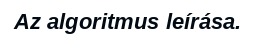
Az algoritmus leírása.